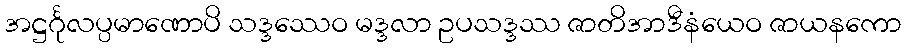
အဋ္ဌင်္ဂုလပ္ပမာဏောပိ သဒ္ဒဿေဝ မဒ္ဒလာ ဥပသဒ္ဒဿ ဇာတိအာဒီနံယေဝ ဇာယနကော